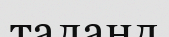
таланд